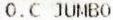
O.C JUMBO